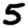
Digit: 5